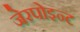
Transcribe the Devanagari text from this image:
जेरपोइन्ट